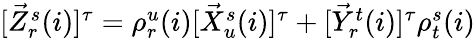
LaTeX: \begin{array}{r}{[\vec{Z}_{r}^{s}(i)]^{\tau}=\rho_{r}^{u}(i)[\vec{X}_{u}^{s}(i)]^{\tau}+[\vec{Y}_{r}^{t}(i)]^{\tau}\rho_{t}^{s}(i)}\end{array}